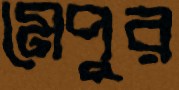
মেপুর